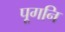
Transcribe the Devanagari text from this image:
पूगनि